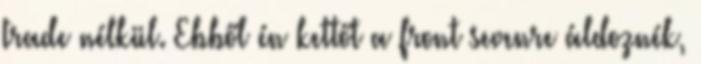
trade nélkül. Ebből én kettőt a front sevenre áldoznék,